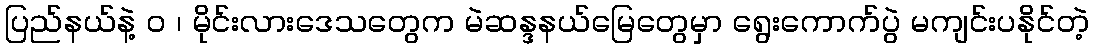
ပြည်နယ်နဲ့ ဝ ၊ မိုင်းလားဒေသတွေက မဲဆန္ဒနယ်မြေတွေမှာ ရွေးကောက်ပွဲ မကျင်းပနိုင်တဲ့